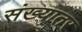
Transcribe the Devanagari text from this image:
संख्यातर